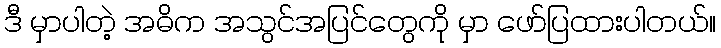
ဒီ မှာပါတဲ့ အဓိက အသွင်အပြင်တွေကို မှာ ဖော်ပြထားပါတယ်။